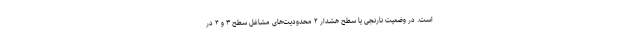
است. در وضعیت نارنجی یا سطح هشدار ۲ محدودیت‌های مشاغل سطح ۳ و ۴ در